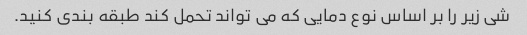
شی زیر را بر اساس نوع دمایی که می تواند تحمل کند طبقه بندی کنید.